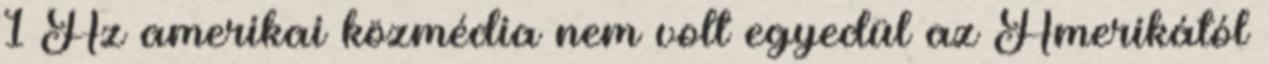
1 Az amerikai közmédia nem volt egyedül az Amerikától